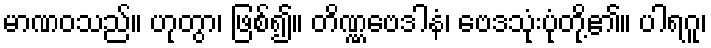
မာဏဝသည်။ ဟုတွာ၊ ဖြစ်၍။ တိဏ္ဏဗေဒါနံ၊ ဗေဒသုံးပုံတို့၏။ ပါရဂူ၊